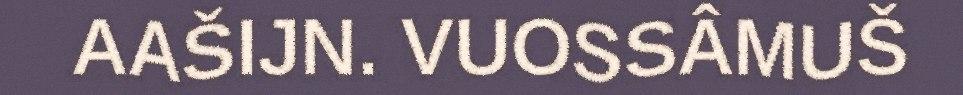
AAŠIJN. VUOSSÂMUŠ